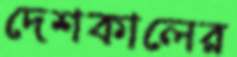
দেশকালের